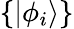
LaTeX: \{ |\phi_{i}\rangle\}